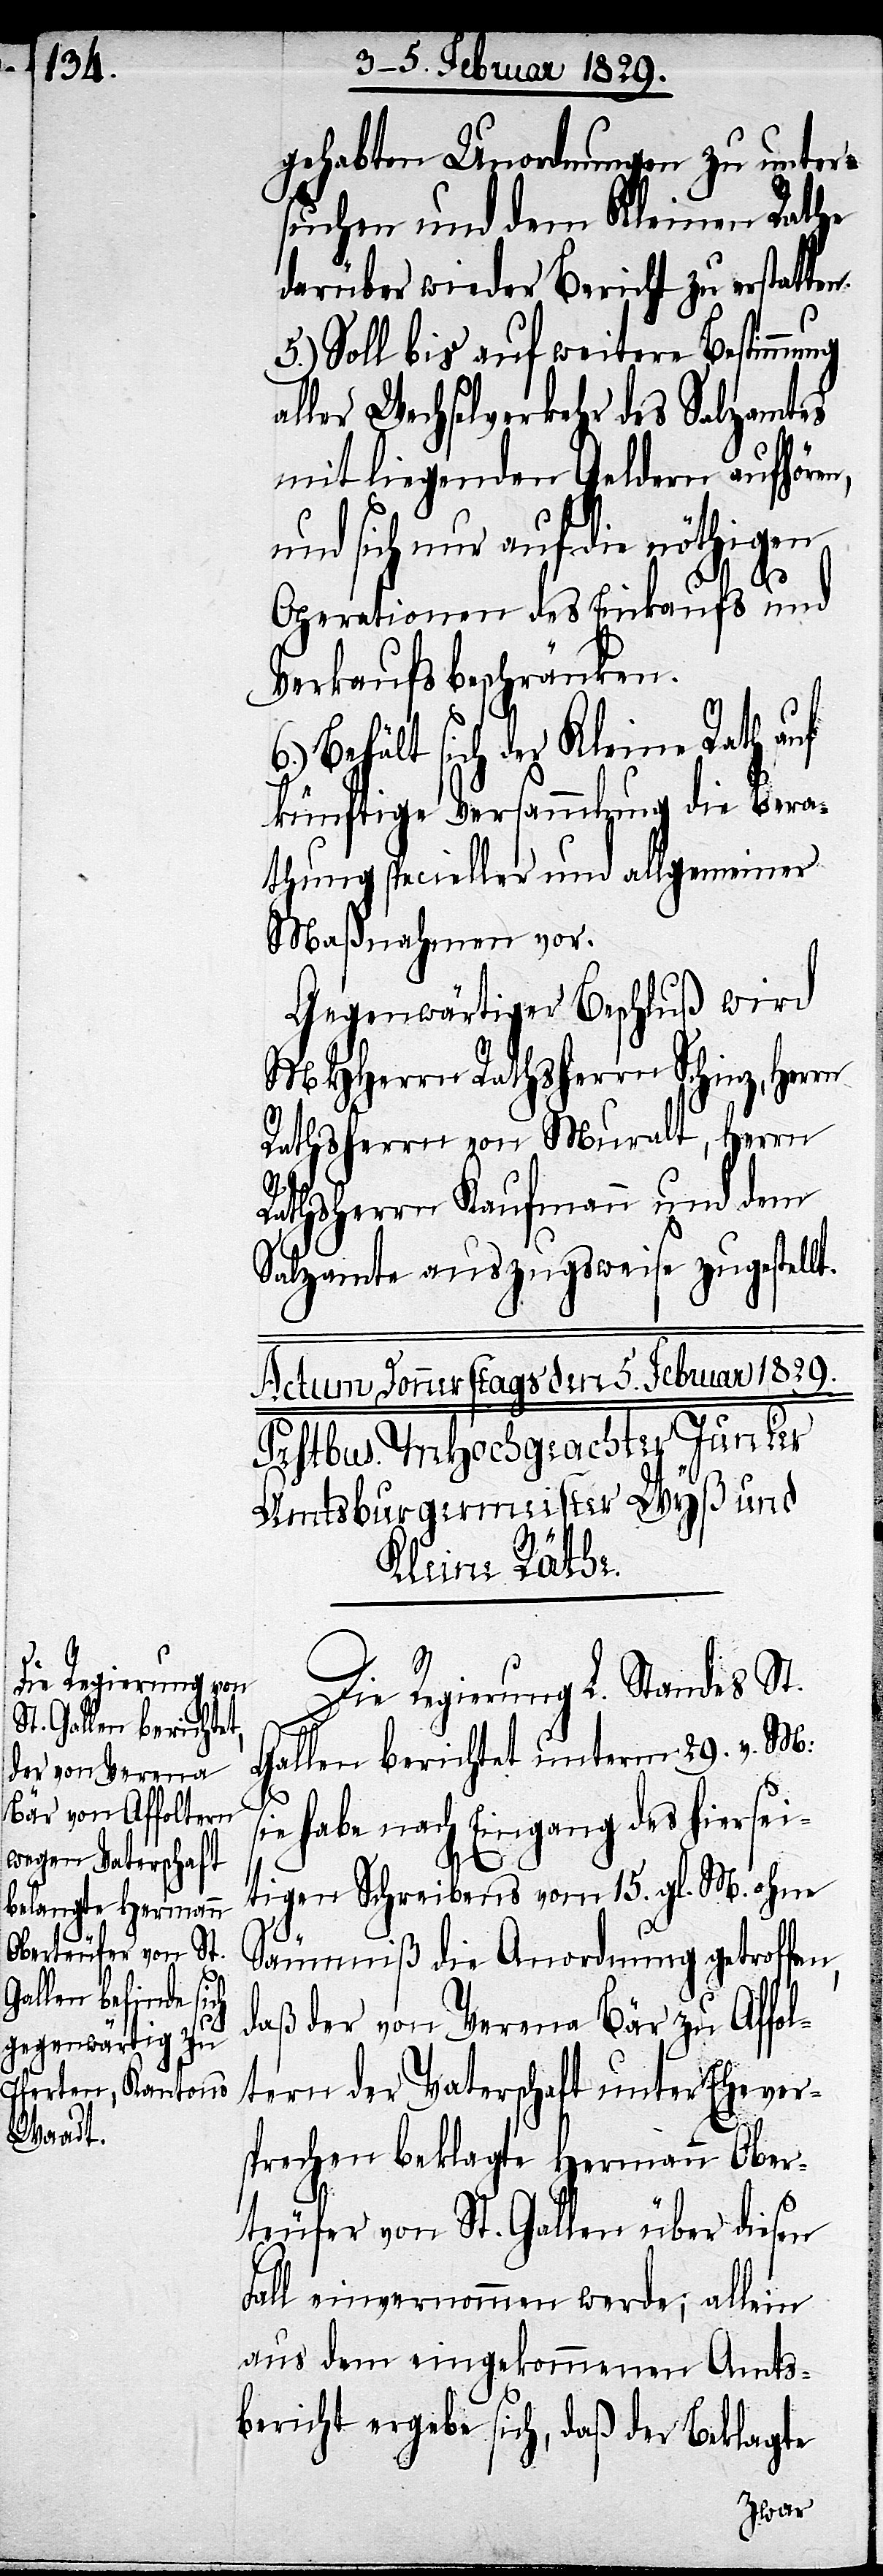
gehabten Unordnungen zu unter¬
suchen und dem Kleinen Rathe
darüber wieder Bericht zu erstatten.
5.) Soll bis auf weitere Bestimmung
aller Wechselverkehr des Salzamtes
mit liegenden Geldern aufhören,
und sich nur auf die nöthigen
Operationen des Einkaufs und
Verkaufs beschränken.
Behält sich der Kleine Rath auf
künftige Versammlung die Bera¬
thung specieller und allgemeiner
Maßnahmen vor.
Gegenwärtiger Beschluß wird
MHHerrn Rathsherrn Schinz, Her¬
rn
Rathsherrn von Muralt, Herrn
6.)
Rathsherrn Kaufmann und dem
Salzamte auszugsweise zugestellt.
Die Regierung L. Standes St.
Gallen berichtet unterm 29. v. M:
sie habe nach Eingang des hiersei¬
tigen Schreibens vom 15. gl. M. ohne
Säumniß die Anordnung getroffen,
daß der von Verena Bär zu Affol¬
tern der Vaterschaft unter Ehever¬
sprechen beklagte Hermann Ober¬
teufer von St. Gallen über diesen
Fall einvernommen werde; allein
aus dem eingekommenen Amts¬
berichte ergebe sich, daß der Beklagte